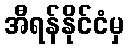
အီရန်နိုင်ငံမှ